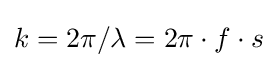
k=2\pi /\lambda =2\pi \cdot f\cdot s